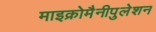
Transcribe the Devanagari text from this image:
माइक्रोमैनीपुलेशन